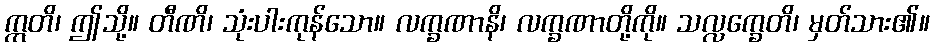
ဣတိ၊ ဤသို့။ တီဏိ၊ သုံးပါးကုန်သော။ လက္ခဏာနိ၊ လက္ခဏာတို့ကို။ သလ္လက္ခေတိ၊ မှတ်သား၏။